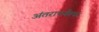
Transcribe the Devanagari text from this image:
अंतरापर्यंतचा